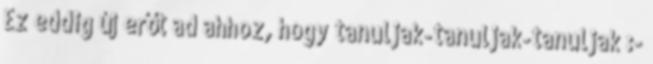
Ez eddig új erőt ad ahhoz, hogy tanuljak-tanuljak-tanuljak :-